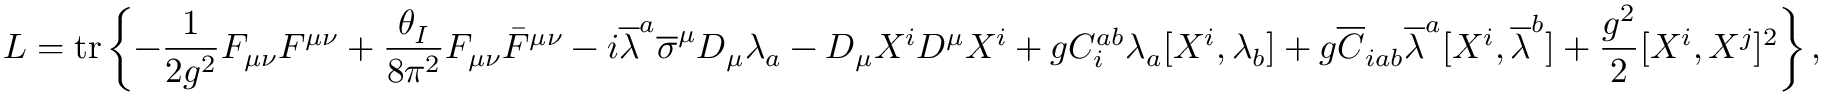
L = \operatorname { t r } \left\{ - { \frac { 1 } { 2 g ^ { 2 } } } F _ { \mu \nu } F ^ { \mu \nu } + { \frac { \theta _ { I } } { 8 \pi ^ { 2 } } } F _ { \mu \nu } { \bar { F } } ^ { \mu \nu } - i { \overline { { \lambda } } } ^ { a } { \overline { { \sigma } } } ^ { \mu } D _ { \mu } \lambda _ { a } - D _ { \mu } X ^ { i } D ^ { \mu } X ^ { i } + g C _ { i } ^ { a b } \lambda _ { a } [ X ^ { i } , \lambda _ { b } ] + g { \overline { { C } } } _ { i a b } { \overline { { \lambda } } } ^ { a } [ X ^ { i } , { \overline { { \lambda } } } ^ { b } ] + { \frac { g ^ { 2 } } { 2 } } [ X ^ { i } , X ^ { j } ] ^ { 2 } \right\} ,